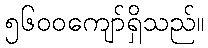
၅၆၀၀ကျော်ရှိသည်။